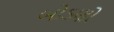
બોડણો